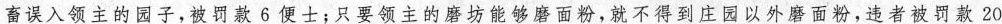
畜误入领主的园子，被罚款6便士；只要领主的磨坊能够磨面粉，就不得到庄园以外磨面粉，违者被罚款20